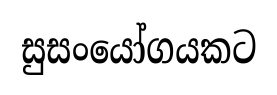
සුසංයෝගයකට